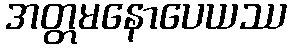
အတ္တမနောပေယဿ